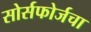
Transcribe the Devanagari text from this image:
सोर्सफोर्जचा